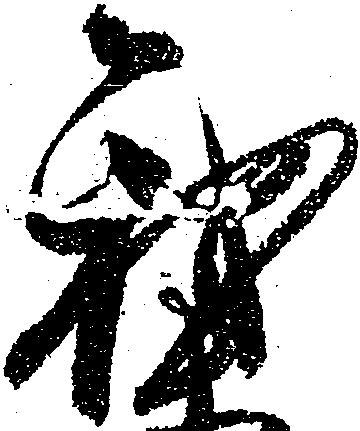
我